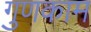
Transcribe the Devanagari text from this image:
गुणकाम